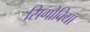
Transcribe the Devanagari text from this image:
सिगोविया